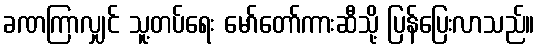
ခဏကြာလျှင် သူ့တပ်ရေး မော်တော်ကားဆီသို့ ပြန်ပြေးလာသည်။